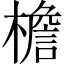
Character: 檐